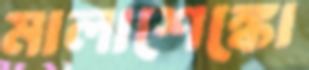
মালাশেঙ্কো